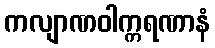
ကလျာဏဝါက္ကရဏာနံ